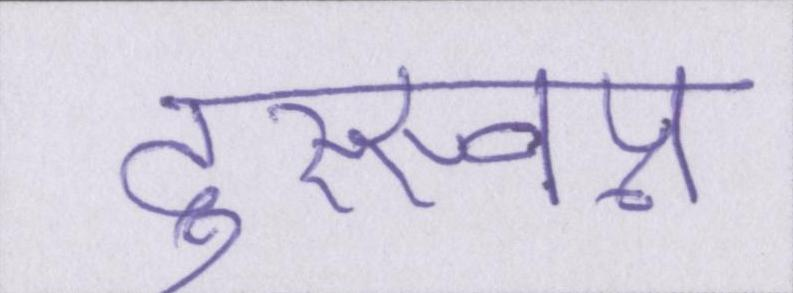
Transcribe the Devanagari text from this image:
दुस्स्वप्न